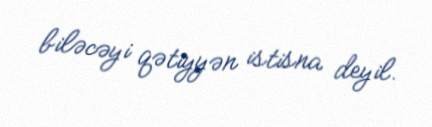
biləcəyi qətiyyən istisna deyil.